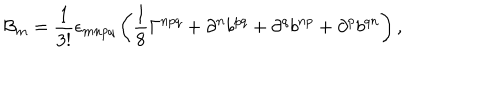
{ \cal B } _ { m } = { \frac { 1 } { 3 ! } } \epsilon _ { m n p q } \left( { \frac { 1 } { 8 } } \Gamma ^ { n p q } + \partial ^ { n } b ^ { p q } + \partial ^ { q } b ^ { n p } + \partial ^ { p } b ^ { q n } \right) ,